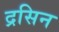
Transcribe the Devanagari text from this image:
द्रसिन